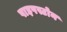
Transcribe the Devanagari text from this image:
पाइपस्टोन